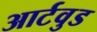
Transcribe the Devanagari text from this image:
आर्टवुड